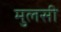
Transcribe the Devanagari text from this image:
मुलसी